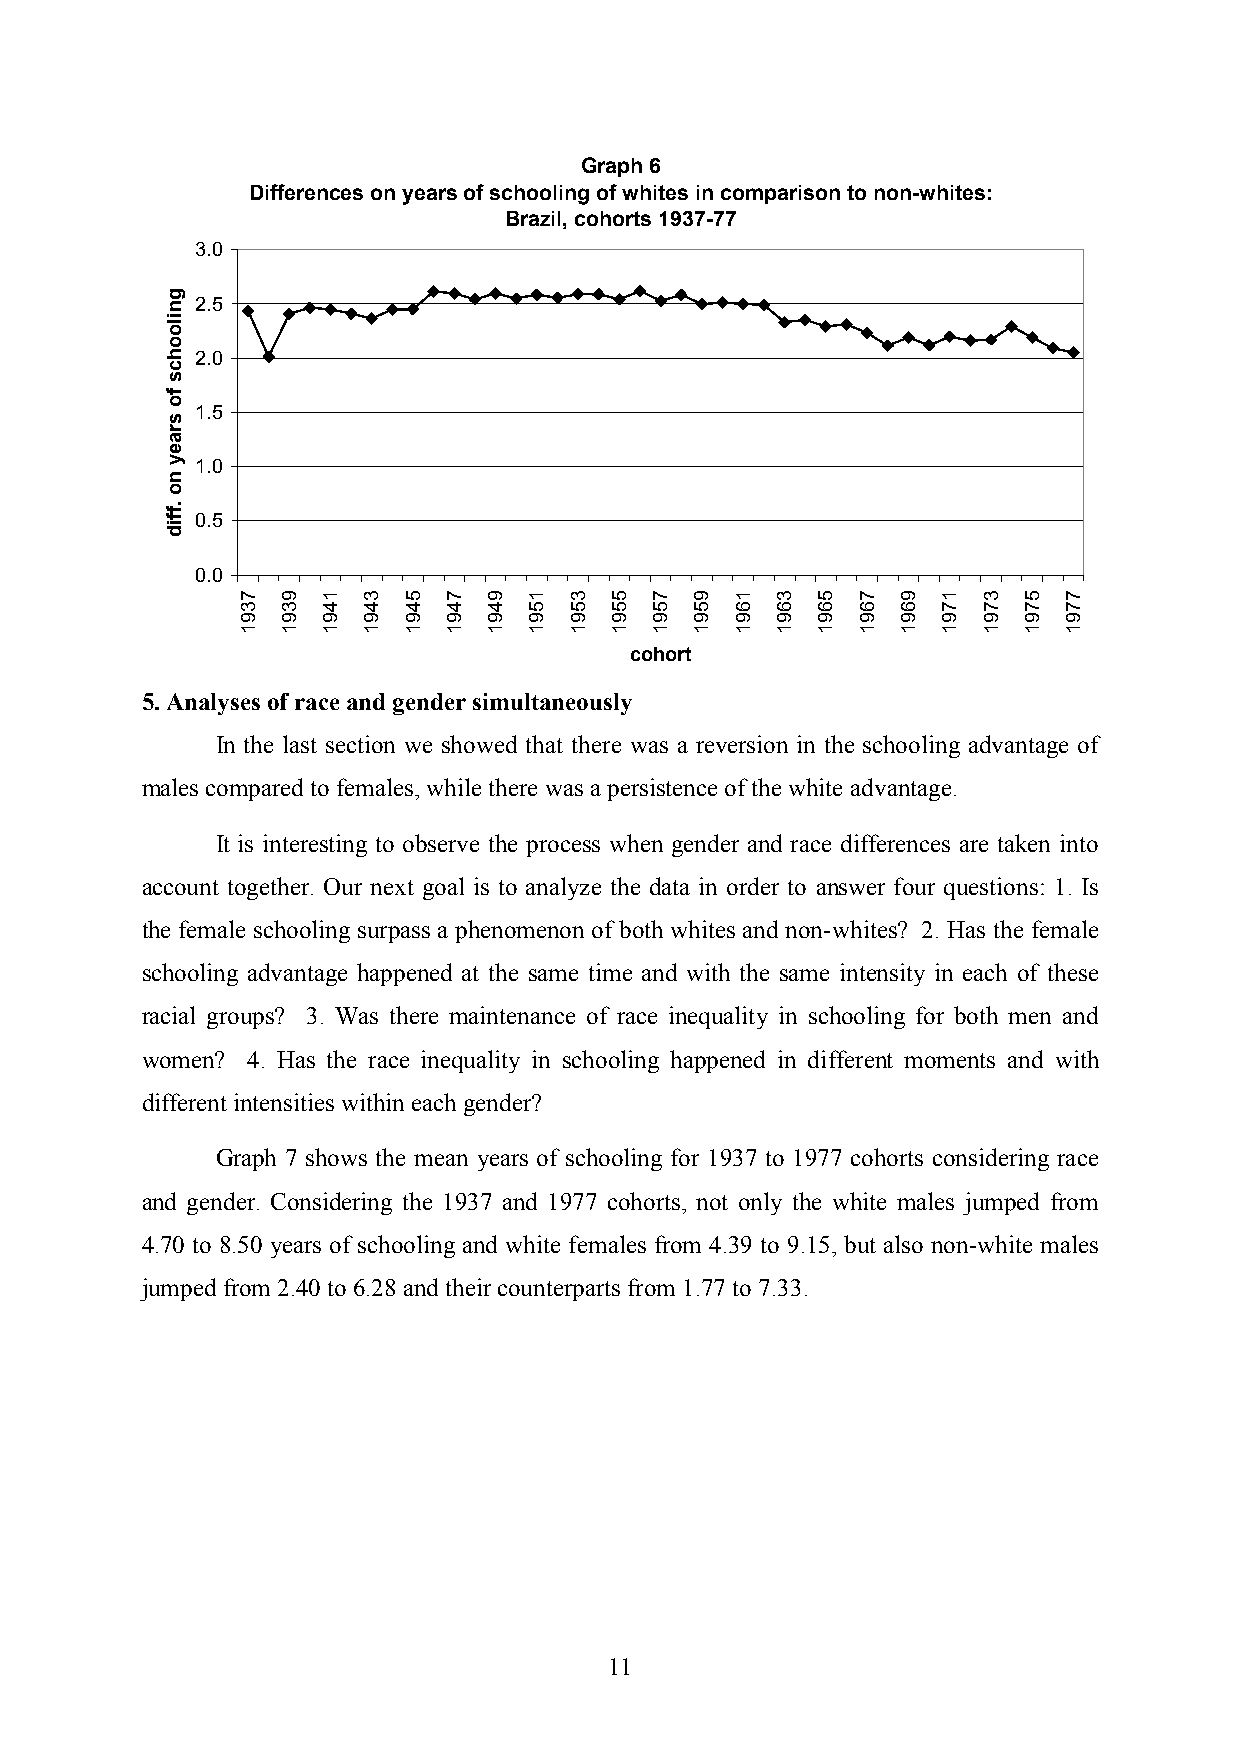
Graph 6
 Differences on years of schooling of whites in comparison to non-whites:
 Brazil, cohorts 1937-77
 3.0
 2.5
 2.0
 1.5
 1.0
 0.5
 0.0
 cohort
 5. Analyses of race and gender simultaneously
 In the last section we showed that there was a reversion in the schooling advantage of
 males compared to females, while there was a persistence of the white advantage.
 It is interesting to observe the process when gender and race differences are taken into
 account together. Our next goal is to analyze the data in order to answer four questions: 1. Is
 the female schooling surpass a phenomenon of both whites and non-whites? 2. Has the female
 schooling advantage happened at the same time and with the same intensity in each of these
 racial groups? 3. Was there maintenance of race inequality in schooling for both men and
 women? 4. Has the race inequality in schooling happened in different moments and with
 different intensities within each gender?
 Graph 7 shows the mean years of schooling for 1937 to 1977 cohorts considering race
 and gender. Considering the 1937 and 1977 cohorts, not only the white males jumped from
 4.70 to 8.50 years of schooling and white females from 4.39 to 9.15, but also non-white males
 jumped from 2.40 to 6.28 and their counterparts from 1.77 to 7.33.
 11
 gniloohcs
 fo
 sraey
 no
 .ffid
 7391 9391 1491 3491 5491 7491 9491 1591 3591 5591 7591 9591 1691 3691 5691 7691 9691 1791 3791 5791 7791